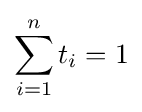
\sum _{i=1}^{n}t_{i}=1